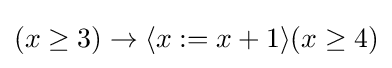
(x\geq 3)\to \langle x:=x+1\rangle (x\geq 4)\,\!